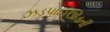
ઝડપાઈઊડતી